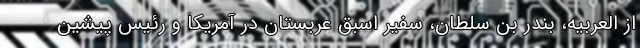
از العربیه، بندر بن سلطان، سفیر اسبق عربستان در آمریکا و رئیس پیشین